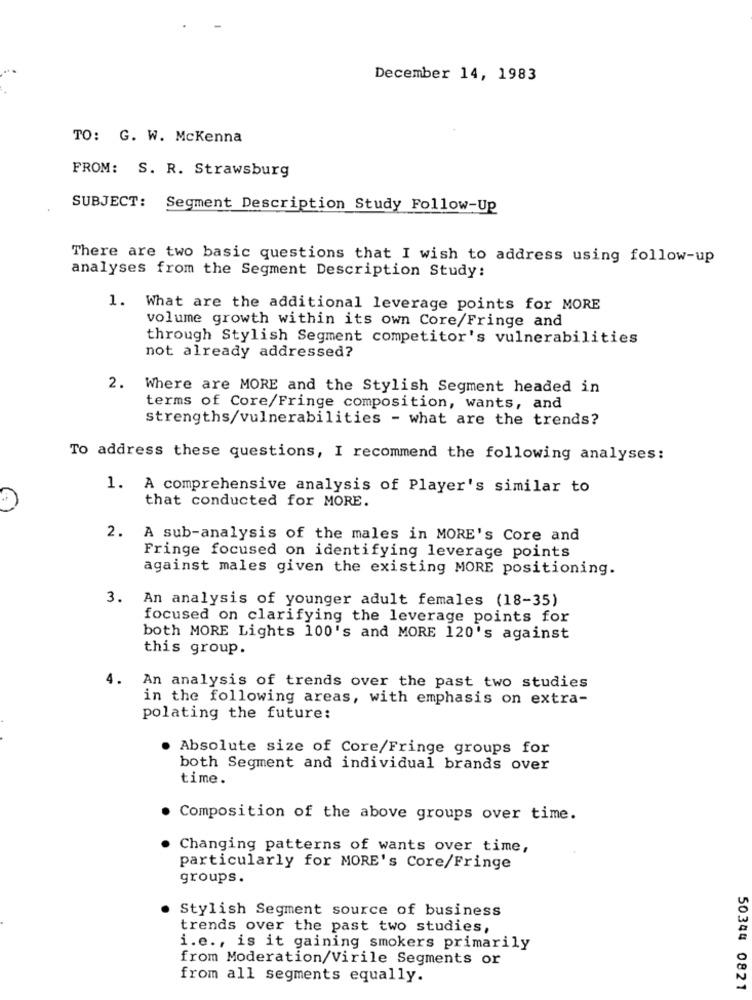
December 14, 1983
TO: G. W. Mckenna
FROM: S. R. Strawsburg
SUBJECT: Segment Description Study Follow-Up
There are two basic questions that I wish to address using follow-up
analyses from the Segment Description Study:
1. What are the additional leverage points for MORE
volume growth within its own Core/Fringe and
through Stylish Segment competitor's vulnerabilities
not already addressed?
2. Where are MORE and the Stylish Segment headed in
terms of Core/Fringe composition, wants, and
strengths/vulnerabilities - what are the trends?
To address these questions, I recommend the following analyses:
1. A comprehensive analysis of Player's similar to
that conducted for MORE.
2. A sub-analysis of the males in MORE's Core and
Fringe focused on identifying leverage points
against males given the existing MORE positioning.
3. An analysis of younger adult females (18-35)
focused on clarifying the leverage points for
both MORE Lights 100's and MORE 120's against
this group.
4.
An analysis of trends over the past two studies
in the following areas, with emphasis on extra-
polating the future:
Absolute size of Core/Fringe groups for
both Segment and individual brands over
time.
. Composition of the above groups over time.
Changing patterns of wants over time,
particularly for MORE's Core/Fringe
groups.
Stylish Segment source of business
trends over the past two studies,
i.e ., is it gaining smokers primarily
from Moderation/Virile Segments or
from all segments equally.
50344 0821